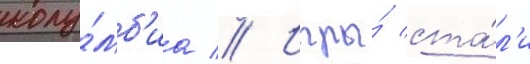
колу́мб'иа // Игры́ ста́л'и